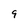
Character: 9